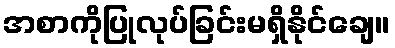
အစာကိုပြုလုပ်ခြင်းမရှိနိုင်ချေ။